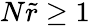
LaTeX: N\widetilde r\geq 1